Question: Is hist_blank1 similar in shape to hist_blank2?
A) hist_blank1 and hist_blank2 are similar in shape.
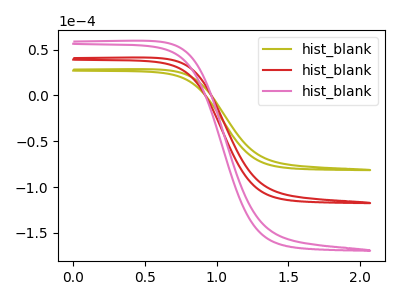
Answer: <think>The olive curve "hist_blank1" has no peaks. The red curve "hist_blank2" has no peaks. The pink curve "hist_blank3" has no peaks.
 Neither "hist_blank1" or "hist_blank2" have any peaks.</think>
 <answer>A) "hist_blank1" and "hist_blank2" are similar in shape.</answer>
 <eval>A</eval>